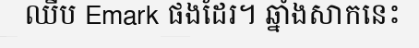
ឈីប Emark ផងដែរ។ ឆ្នាំងសាកនេះ